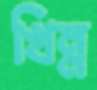
খিন্ন